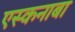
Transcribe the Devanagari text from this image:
एस्कनाबा